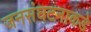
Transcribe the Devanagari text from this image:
जनसंघटनाकडे